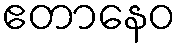
ဧတာနေဝ